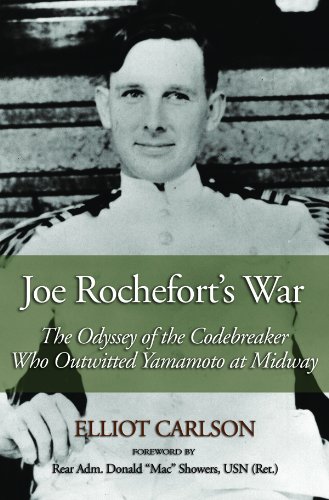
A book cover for Joe Rochefort's War: The Odyssey of the Codebreaker Who Outwitted Yamamoto at Midway; Elliot Carlson; History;